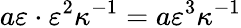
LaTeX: a\varepsilon\cdot\varepsilon^{2}\kappa^{-1}=a\varepsilon^{3}\kappa^{-1}